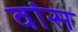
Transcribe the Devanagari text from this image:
वांस